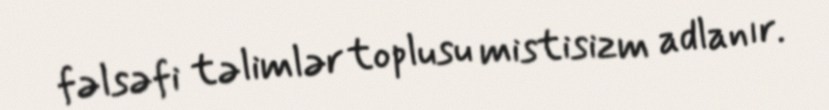
fəlsəfi təlimlər toplusu mistisizm adlanır.